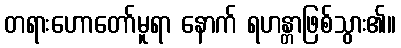
တရားဟောတော်မူရာ နောက် ရဟန္တာဖြစ်သွား၏။